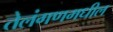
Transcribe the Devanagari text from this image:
तेलंगणमधील